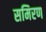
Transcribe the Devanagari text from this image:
समिरण